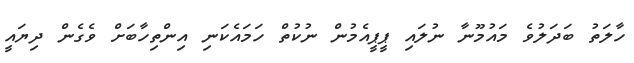
ހާލަތު ބަދަލުވެ މައުމޫނާ ނުލައި ޕީޕީއެމުން ނުކުތް ހަމައެކަނި އިންތިހާބަށް ވެގެން ދިޔައީ